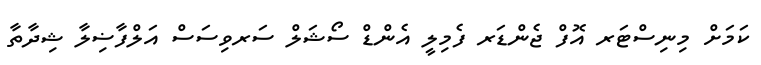
ކަމަށް މިނިސްޓަރ އޮފް ޖެންޑަރ ފެމިލީ އެންޑް ސޯޝަލް ސަރވިސަސް އަލްފާޟިލާ ޝިދާތާ